Oriental or Dehli sore - Number 13
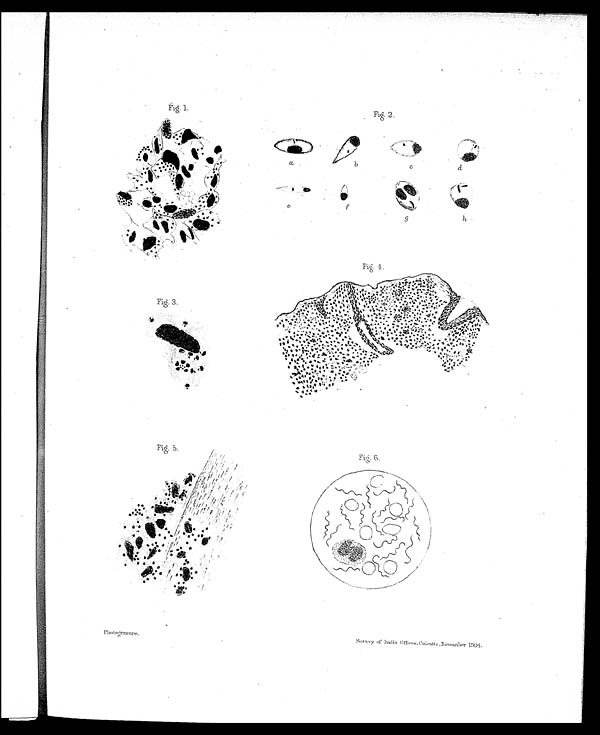
Fig. 2.
Fig. 4.
Fig. 3.
Fig. 5.
'
Fig. 6.
Phot ogravure.
Survey of India Offices, Calcutta, November 1904.